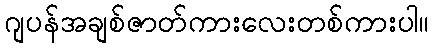
ဂျပန်အချစ်ဇာတ်ကားလေးတစ်ကားပါ။